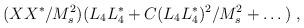
LaTeX: \begin{align*}(XX^*/M_s^2)(L_4 L_4^* +C(L_4 L_4^*)^2/M^2_s+\dots)~,\end{align*}